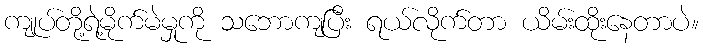
ကျုပ်တို့ရဲ့မိုက်မဲမှုကို သဘောကျပြီး ရယ်လိုက်တာ ယိမ်းထိုးနေတာပဲ။